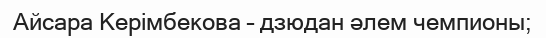
Айсара Керімбекова – дзюдан әлем чемпионы;